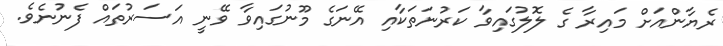
ރެޔާންއަށް މައިރާ ގެ ލޮލުގައިވާ ކަރުނަތަކާއި އޭނަގެ މޫނުގައިވާ ވޭނީ އަސަރުތައް ފެނުނެވެ.